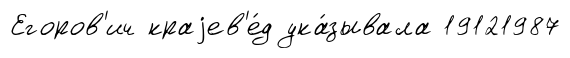
Егоров'ич краjев'е́д ука́зывала 19121987